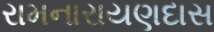
રામનારાયણદાસ